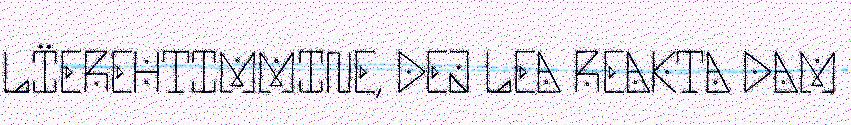
LÏEREHTIMMINE, DEJ LEA REAKTA DAM